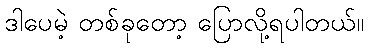
ဒါပေမဲ့ တစ်ခုတော့ ပြောလို့ရပါတယ်။